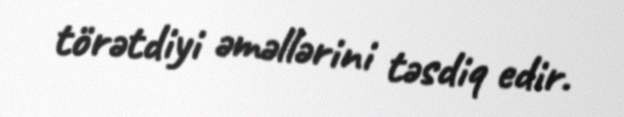
törətdiyi əməllərini təsdiq edir.